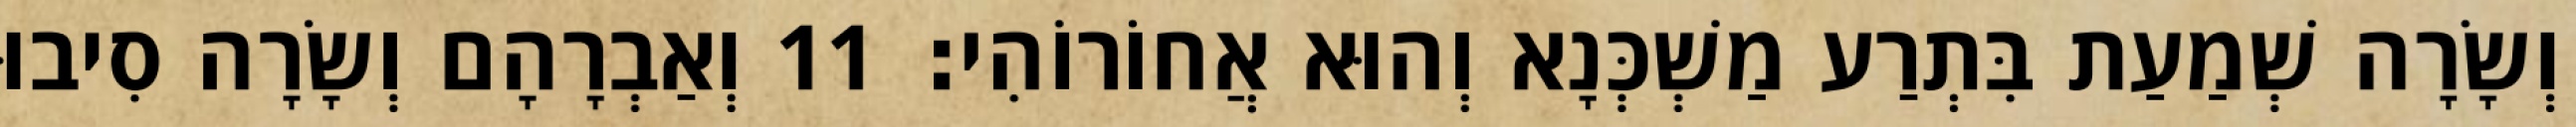
וְשָׂרָה שְׁמַעַת בִּתְרַע מַשְׁכְּנָא וְהוּא אֲחוֹרוֹהִי׃ 11 וְאַבְרָהָם וְשָׂרָה סִיבוּ